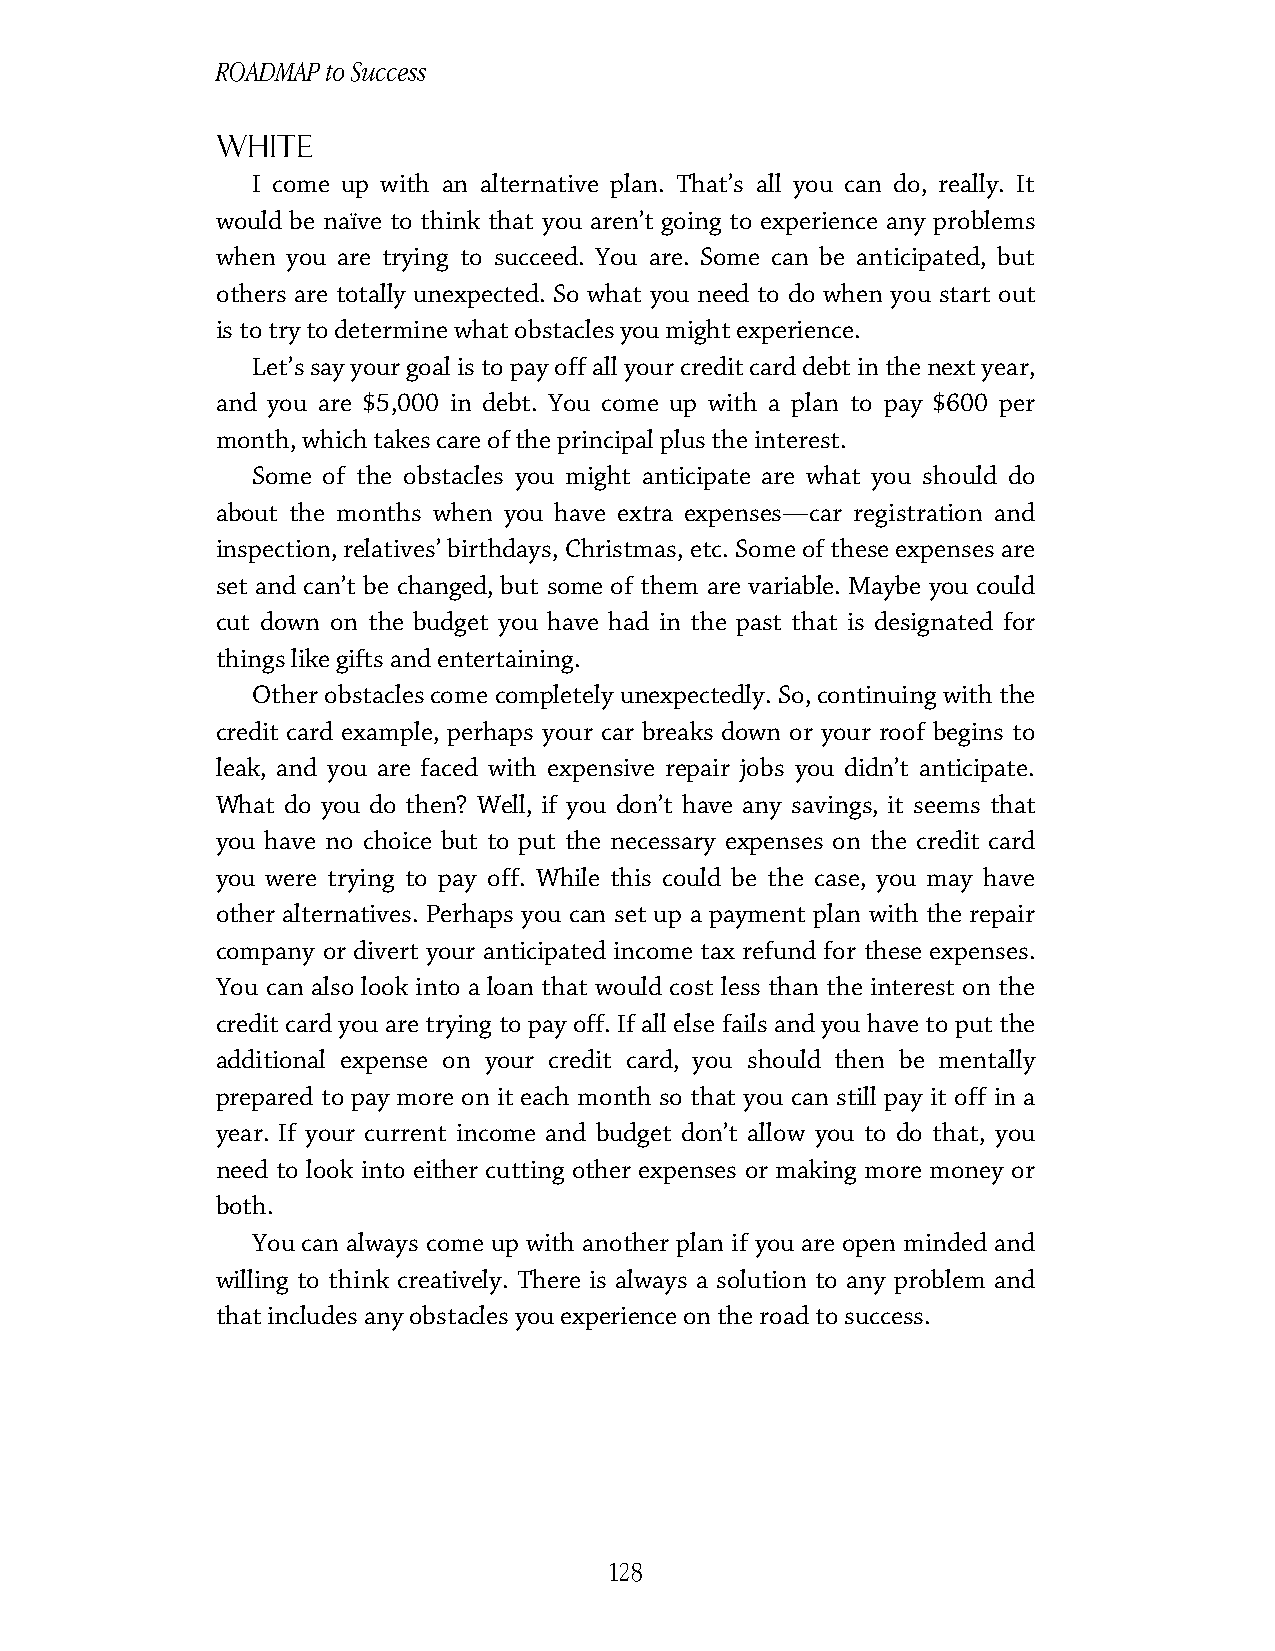
ROADMAP to Success
 White
 I come up with an alternative plan. That’s all you can do, really. It
 would be naïve to think that you aren’t going to experience any problems
 when you are trying to succeed. You are. Some can be anticipated, but
 others are totally unexpected. So what you need to do when you start out
 is to try to determine what obstacles you might experience.
 Let’s say your goal is to pay off all your credit card debt in the next year,
 and you are $5,000 in debt. You come up with a plan to pay $600 per
 month, which takes care of the principal plus the interest.
 Some of the obstacles you might anticipate are what you should do
 about the months when you have extra expenses—car registration and
 inspection, relatives’ birthdays, Christmas, etc. Some of these expenses are
 set and can’t be changed, but some of them are variable. Maybe you could
 cut down on the budget you have had in the past that is designated for
 things like gifts and entertaining.
 Other obstacles come completely unexpectedly. So, continuing with the
 credit card example, perhaps your car breaks down or your roof begins to
 leak, and you are faced with expensive repair jobs you didn’t anticipate.
 What do you do then? Well, if you don’t have any savings, it seems that
 you have no choice but to put the necessary expenses on the credit card
 you were trying to pay off. While this could be the case, you may have
 other alternatives. Perhaps you can set up a payment plan with the repair
 company or divert your anticipated income tax refund for these expenses.
 You can also look into a loan that would cost less than the interest on the
 credit card you are trying to pay off. If all else fails and you have to put the
 additional expense on your credit card, you should then be mentally
 prepared to pay more on it each month so that you can still pay it off in a
 year. If your current income and budget don’t allow you to do that, you
 need to look into either cutting other expenses or making more money or
 both.
 You can always come up with another plan if you are open minded and
 willing to think creatively. There is always a solution to any problem and
 that includes any obstacles you experience on the road to success.
 128